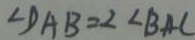
\angle D A B = 2 \angle B A C